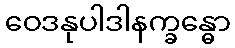
ဝေဒနုပါဒါနက္ခန္ဓော